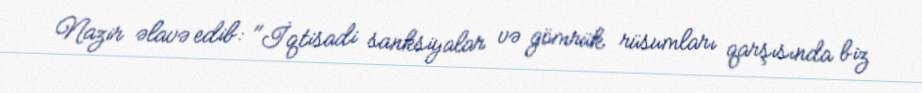
Nazir əlavə edib: "İqtisadi sanksiyalar və gömrük rüsumları qarşısında biz